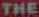
THE